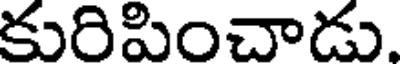
కురిపించాడు.